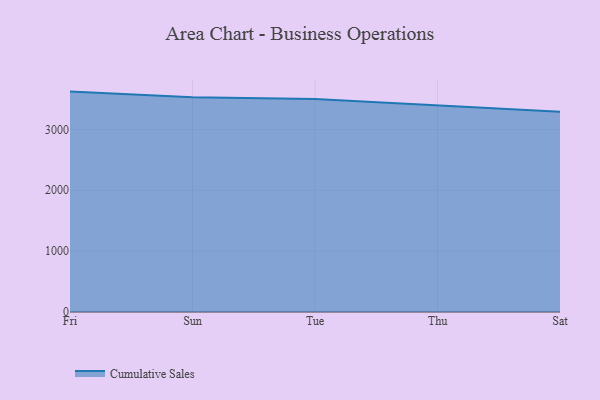
{"axis": {"x": "Day", "y": "Customer Acquisition Cost (USD)"}, "legend": ["Cumulative Sales"], "data": [{"x": "Fri", "y": 3621.6, "type": "Cumulative Sales"}, {"x": "Sun", "y": 3529.1, "type": "Cumulative Sales"}, {"x": "Tue", "y": 3499.3, "type": "Cumulative Sales"}, {"x": "Thu", "y": 3396.2, "type": "Cumulative Sales"}, {"x": "Sat", "y": 3291.9, "type": "Cumulative Sales"}]}